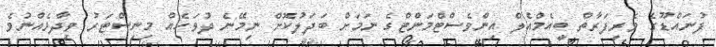
ފުނައްޑޫގެ ވެރިފަރާތް ބީއެމްއެލް އިންވެސްޓްމަންޓްގެ ނަމަށް ބަދަލުކޮށް ނިމޭނެ ދުވަހެއް މިނިސްޓަރު ވިދާޅެއްނުވެ